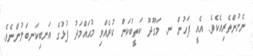
ނެށުންތެރިއެކެވެ. އެއީ ފަހުން ނ. މަގޫދޫ ކަތީބުކަން ކުރެއްވި މުޙައްމަދު ފުޅުގެ އަނބިކަނބަލުންނެވެ.